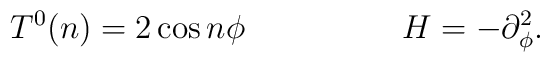
T^0(n) = 2\cos{n{\phi}} \hspace*{2cm} H = - \partial^2_{\phi}.